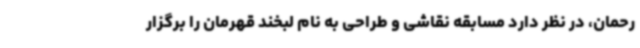
رحمان، در نظر دارد مسابقه نقاشی و طراحی به نام لبخند قهرمان را برگزار